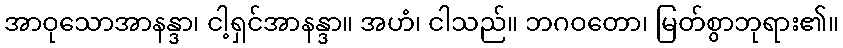
အာဝုသောအာနန္ဒာ၊ ငါ့ရှင်အာနန္ဒာ။ အဟံ၊ ငါသည်။ ဘဂဝတော၊ မြတ်စွာဘုရား၏။